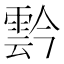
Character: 霒